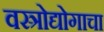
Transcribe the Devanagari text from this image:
वस्त्रोद्योगाचा